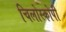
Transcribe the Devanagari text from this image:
चिलोस्कोपी